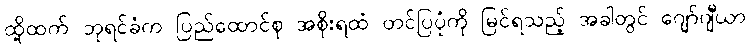
ထို့ထက် ဘုရင်ခံက ပြည်ထောင်စု အစိုးရထံ တင်ပြပုံကို မြင်ရသည့် အခါတွင် ဂျော်ဂျီယာ